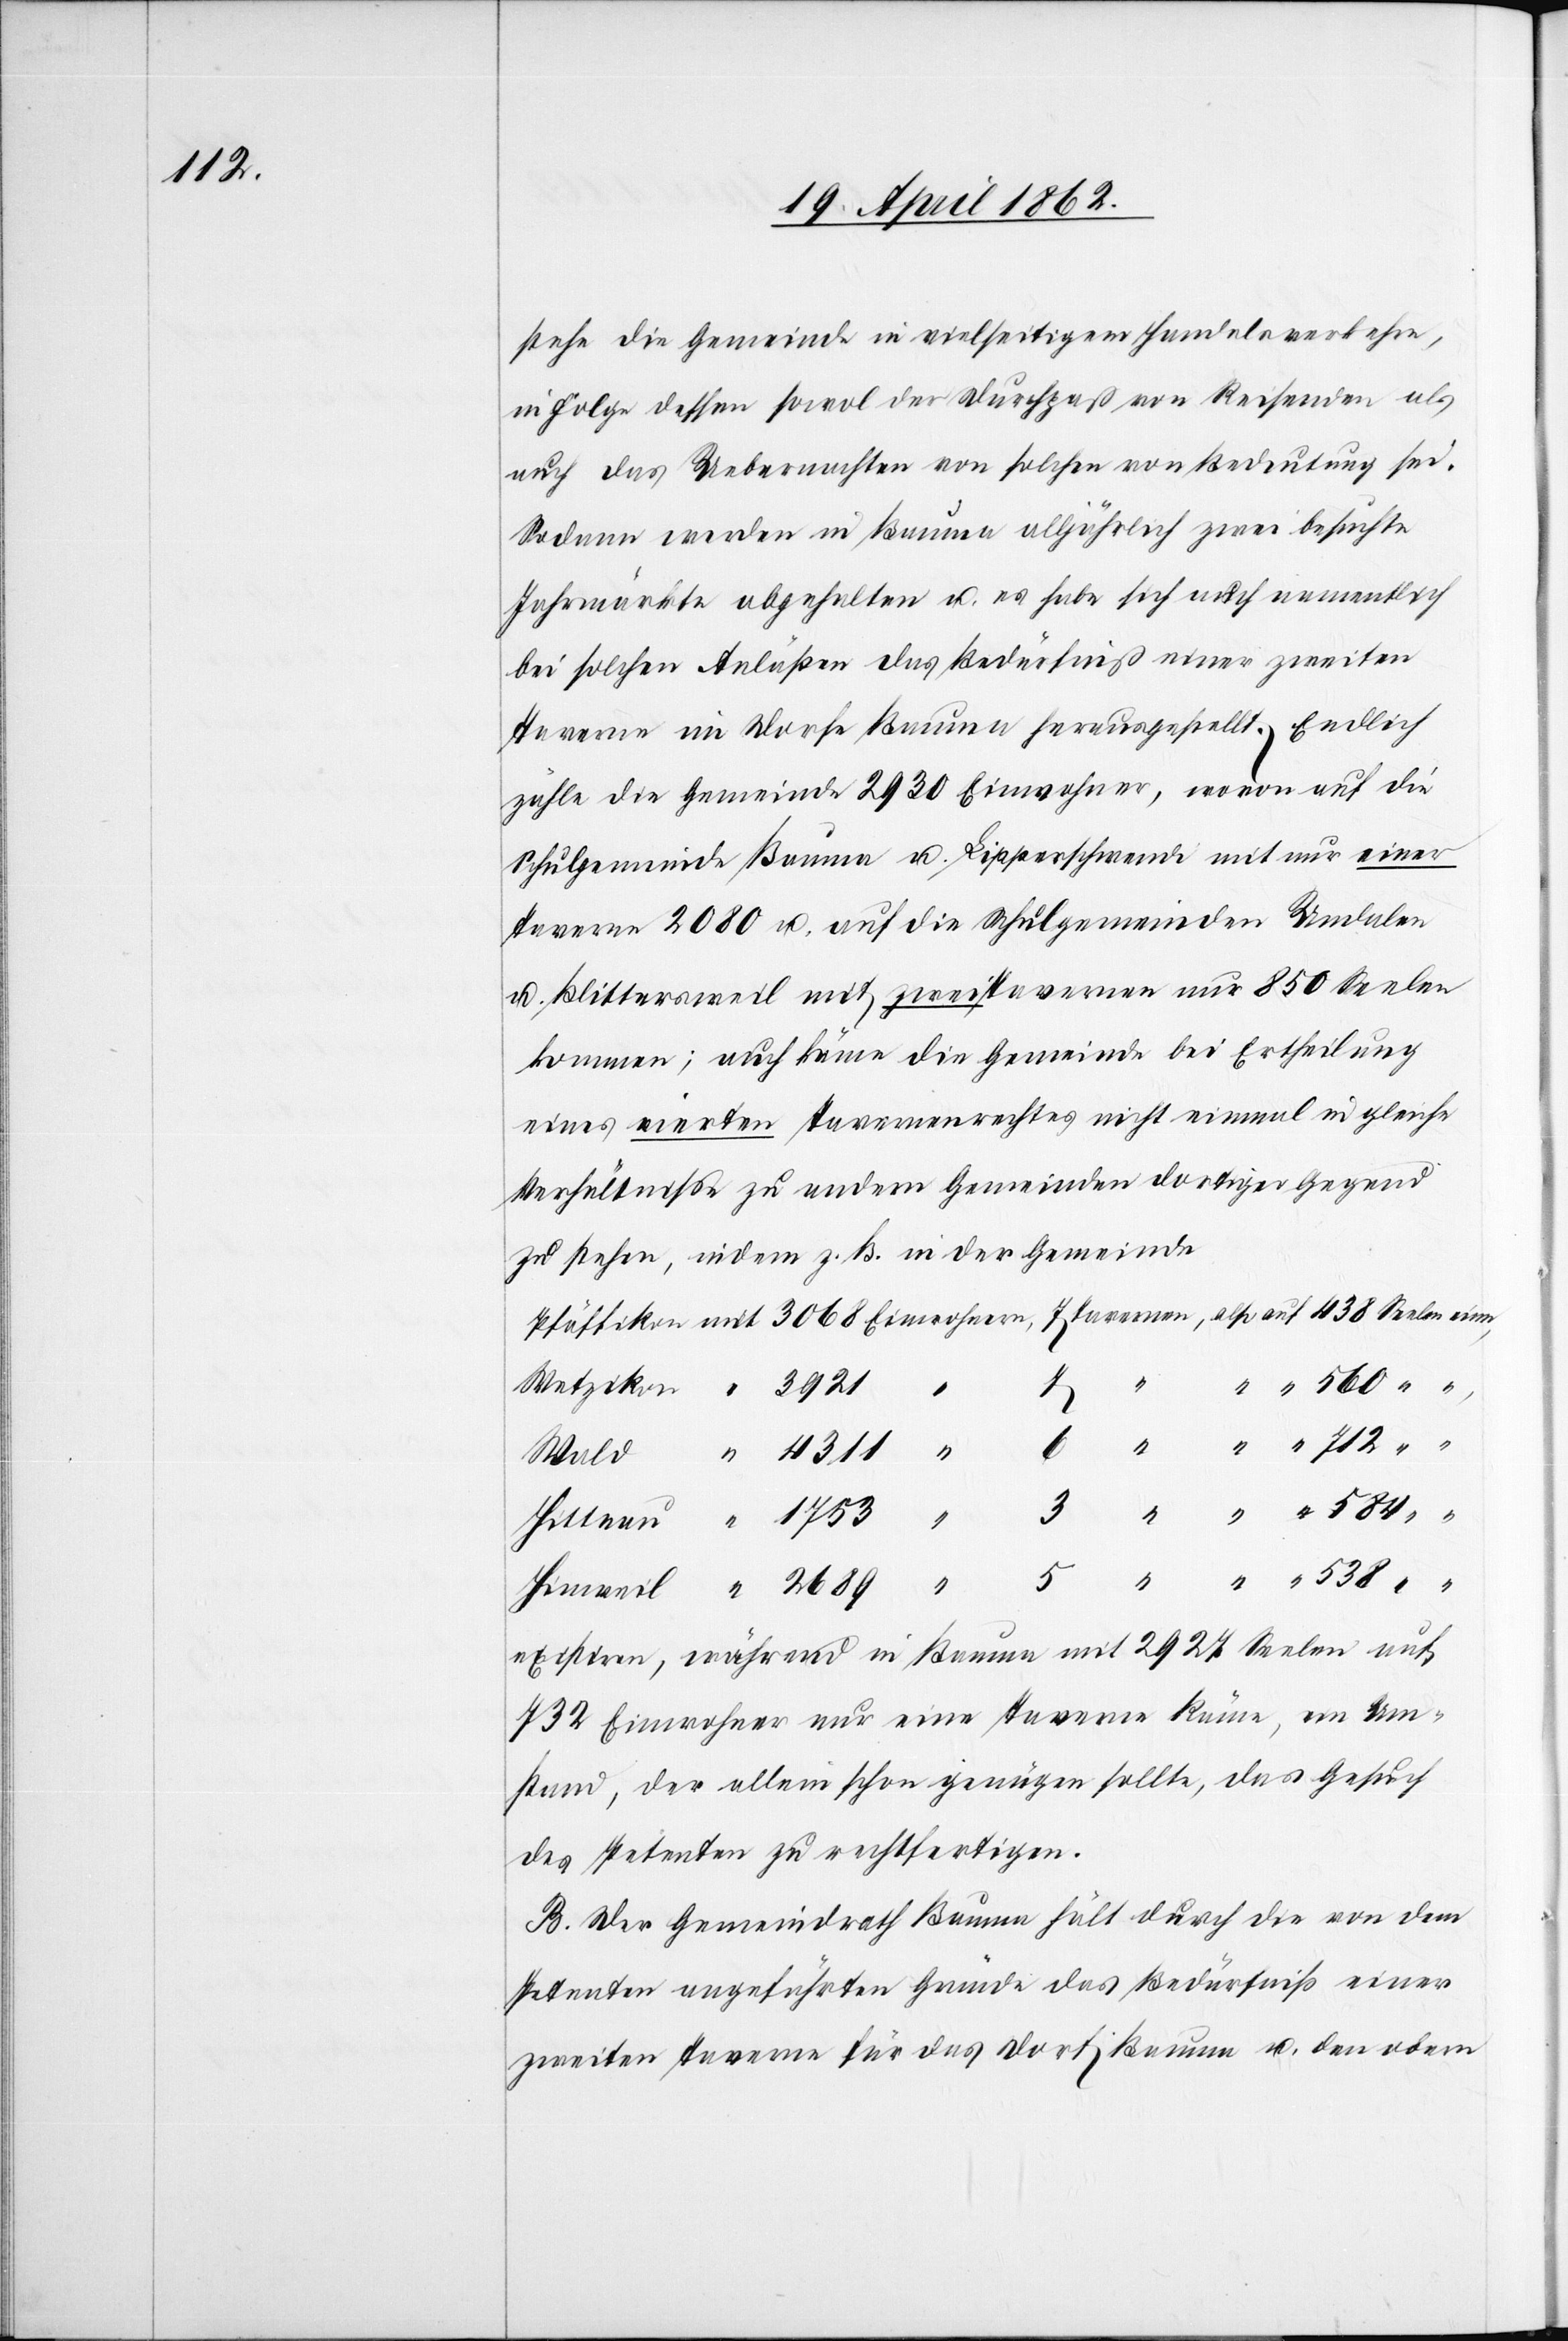
stehe die Gemeinde in vielseitigem Handelsverkehre,
in Folge dessen sowol der Durchpaß von Reisenden als
auch das Uebernachten von solchen von Bedeutung sei.
Sodann werden in Bauma alljährlich zwei besuchte
Jahrmärkte abgehalten u. es habe sich auch namentlich
bei solchen Anläßen das Bedürfniß einer zweiten
Taverne im Dorfe Bauma herausgestellt. Endlich
zähle die Gemeinde 2930 Einwohner, wovon auf die
Schulgemeinde Bauma u. Lipperschwende mit nur einer
Taverne 2080 u. auf die Schulgemeinde Undalen
u. Blittersweil mit zwei Tavernen nur 850 Seelen
kommen; auch käme die Gemeinde bei Ertheilung
eines vierten Tavernenrechtes nicht einmal in gleiche
Verhältnisse zu andern Gemeinden dortiger Gegend
zu stehen, indem z. B. in der Gemeinde
existiren, während in Bauma mit 2924 Seelen auf
732 Einwohner nur eine Taverne käme, ein Um¬
stand, der allein schon genügen sollte, das Gesuch
des Petenten zu rechtfertigen.
B. Der Gemeindrath Bauma hält durch die von dem
Petenten angeführten Gründe das Bedürfniß einer
zweiten Taverne für das Dorf Bauma u. den obern